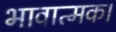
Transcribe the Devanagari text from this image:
भावात्मक।